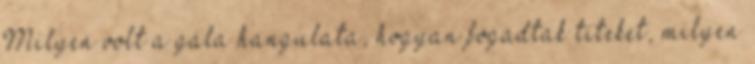
Milyen volt a gála hangulata, hogyan fogadtak titeket, milyen